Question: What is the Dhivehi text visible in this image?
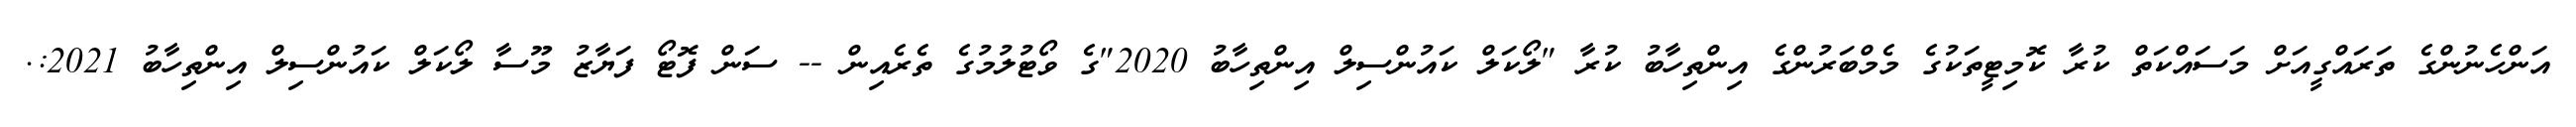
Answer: އަންހެނުންގެ ތަރައްގީއަށް މަސައްކަތް ކުރާ ކޮމިޓީތަކުގެ މެމްބަރުންގެ އިންތިހާބު ކުރާ "ލޯކަލް ކައުންސިލް އިންތިހާބު 2020"ގެ ވޯޓުލުމުގެ ތެރެއިން -- ސަން ފޮޓޯ ފަޔާޒު މޫސާ ލޯކަލް ކައުންސިލް އިންތިހާބު 2021:.